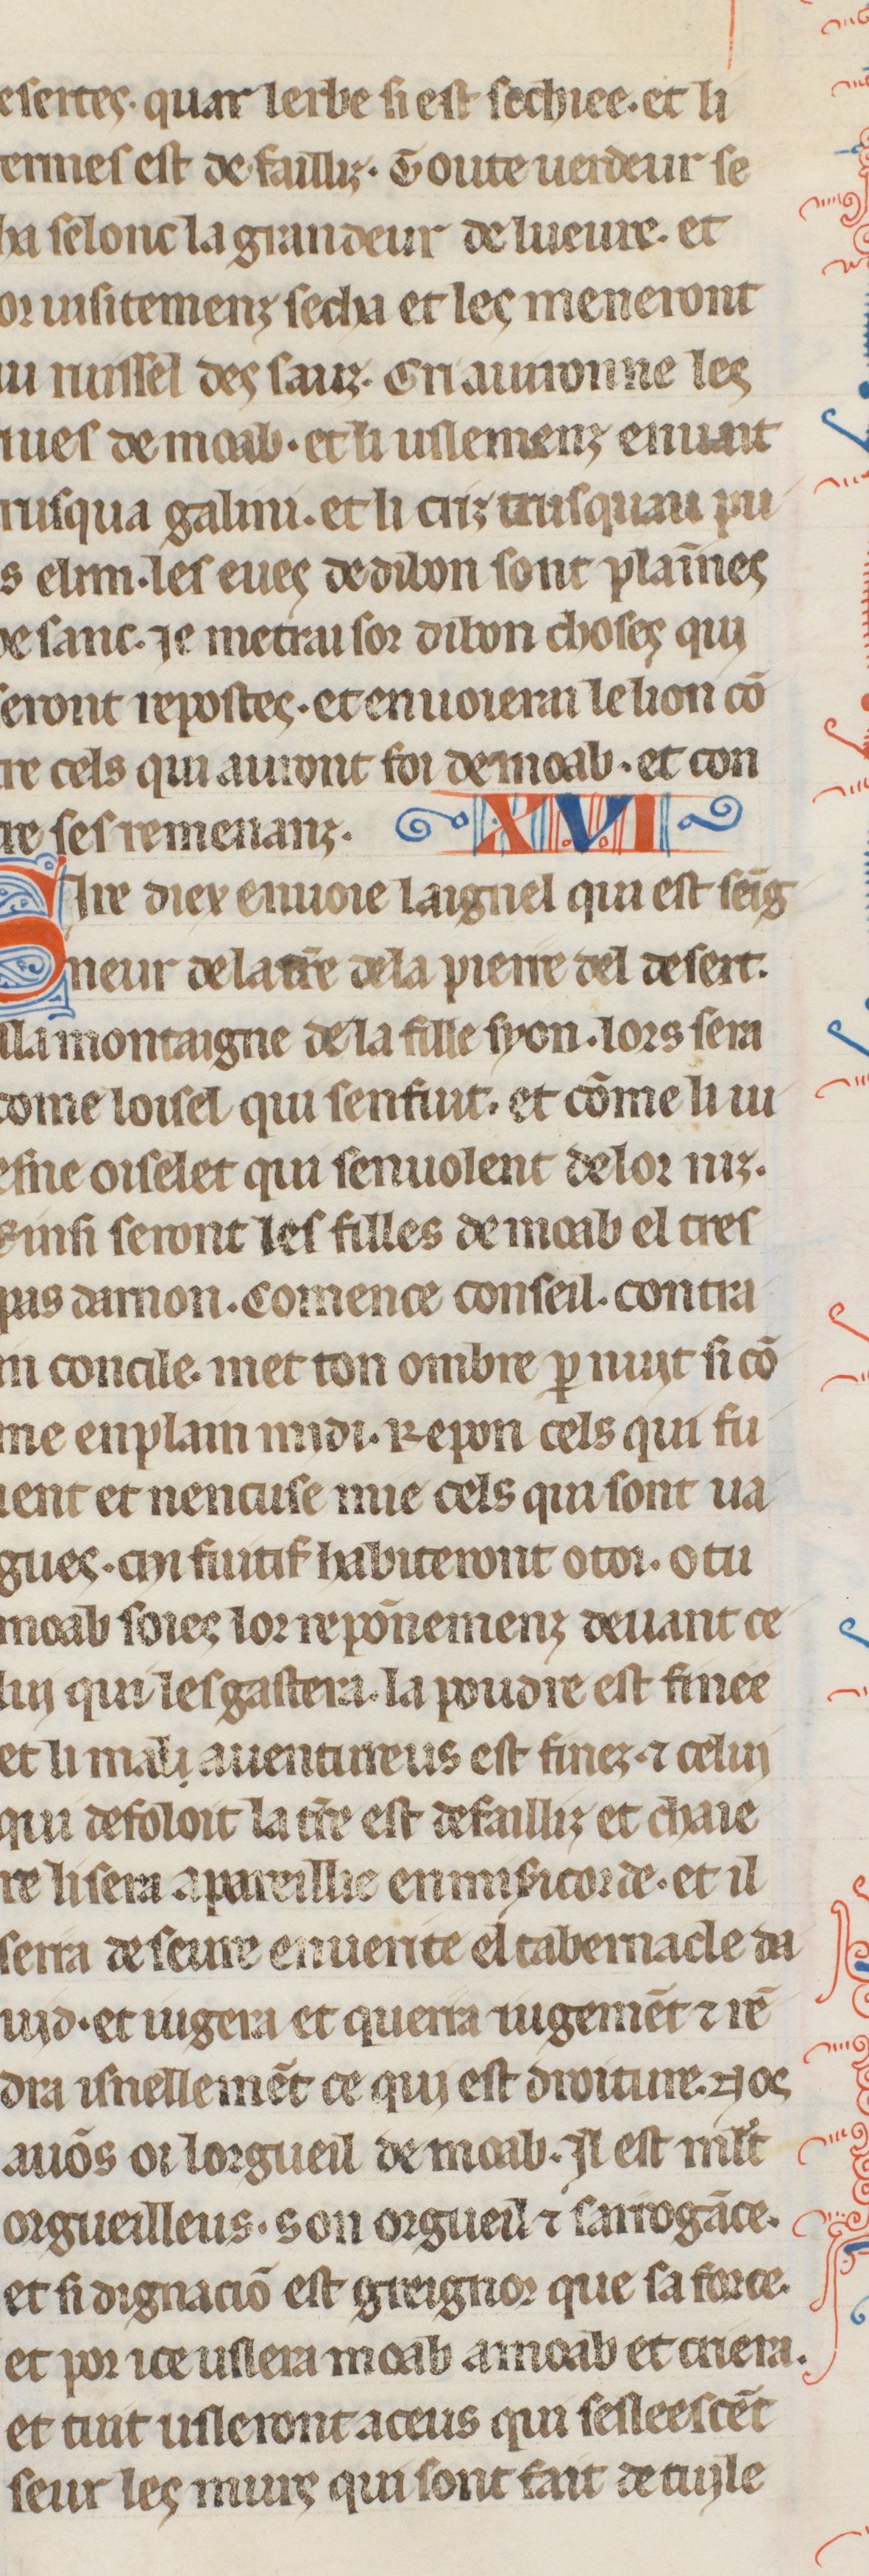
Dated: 1260–1269